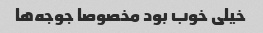
خیلی خوب بود مخصوصا جوجه‌ها